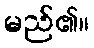
မည်၏။